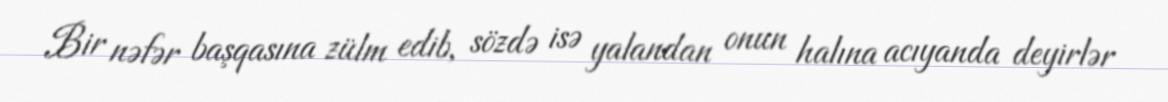
Bir nəfər başqasına zülm edib, sözdə isə yalandan onun halına acıyanda deyirlər